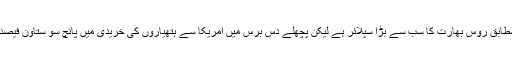
رپورٹ کے مطابق روس بھارت کا سب سے بڑا سپلائر ہے لیکن پچھلے دس برس میں امریکا سے ہتھیاروں کی خریدی میں پانچ سو ستاون فیصد کا اضافہ ہوا۔